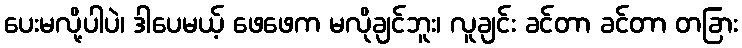
ပေးမလို့ပါပဲ၊ ဒါပေမယ့် ဖေဖေက မလိုချင်ဘူး၊ လူချင်း ခင်တာ ခင်တာ တခြား